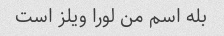
بله اسم من لورا ویلز است